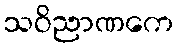
သဝိညာဏကေ